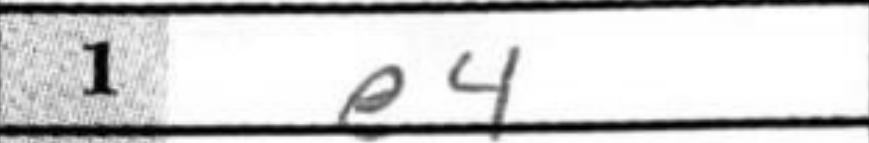
Transcription: e4